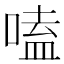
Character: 嗑